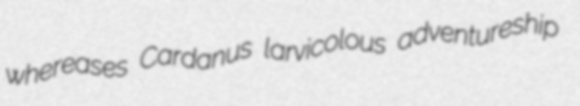
whereases Cardanus larvicolous adventureship